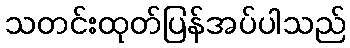
သတင်းထုတ်ပြန်အပ်ပါသည်